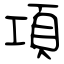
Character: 項